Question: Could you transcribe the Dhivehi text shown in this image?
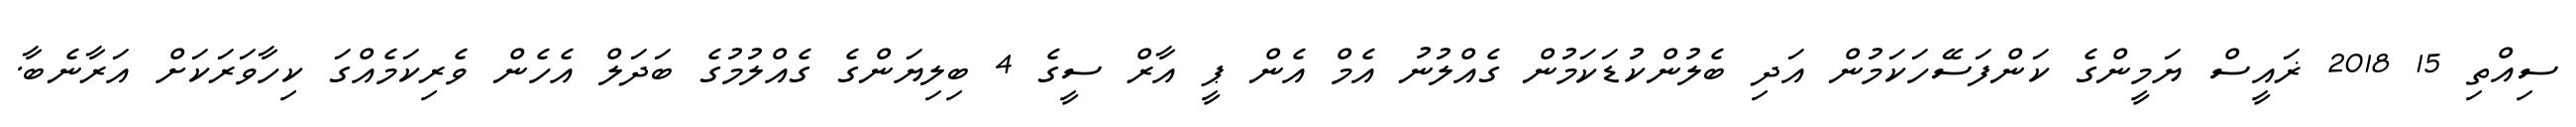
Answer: ސިއްތި 15 2018 ޜައީސް ޔަމީންގެ ކަންފަސޭހަކަމުން އަދި ބެލުންކުޑަކަމުން ގެއްލުނު އެމް އެން ޕީ އާރް ސީގެ 4 ބިލިޔަންގެ ގެއްލުމުގެ ބަދަލް އެހެން ވެރިކަމެއްގަ ކިހާވަރަކަށް އަރާނެބާ.